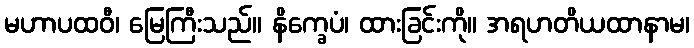
မဟာပထဝီ၊ မြေကြီးသည်။ နိက္ခေပံ၊ ထားခြင်းကို။ အရဟတိယထာနာမ၊